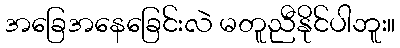
အခြေအနေခြေင်းလဲ မတူညီနိုင်ပါဘူး။